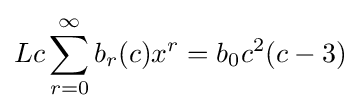
Lc\sum _{r=0}^{\infty }b_{r}(c)x^{r}=b_{0}c^{2}(c-3)